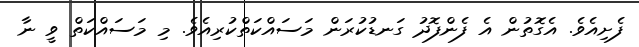
ފެށިއެވެ. އެގޮތުން އެ ފެންފޮދު ގަނޑުކުރަން މަސައްކަތްކުރިއެވެ. މި މަސައްކަތް ވީ ނާ